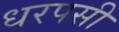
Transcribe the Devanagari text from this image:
धरपसी